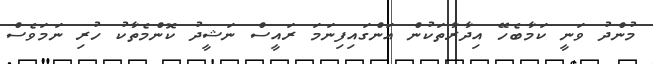
މުންދު ވަނީ ކަމާބެހޭ އިދާރާތަކުން އަންގައިފިނަމަ ރައީސް ނަޝީދު ކޮންމެތާކު ހުރި ނަމަވެސް